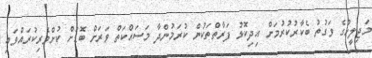
މަޖިލީހުގެ ވަގުތު ބެކާރުކުރުމަށް އިދިކޮޅު ފަރާތްތަކުން ކުރަމުންދާ މަސައްކަތް ވަރަށް ބޮޑަށް ކުށްވެރިކުރައްވައި